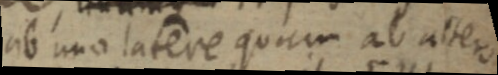
ab uno latere quam ab altero